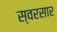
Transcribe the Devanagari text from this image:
स्वरसार